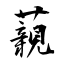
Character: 藽